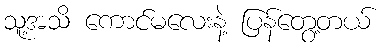
သူ့အသိ ကောင်မလေးနဲ့ ပြန်တွေ့တယ်